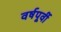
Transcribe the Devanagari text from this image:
वर्षपूर्वी